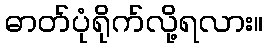
ဓာတ်ပုံရိုက်လို့ရလား။